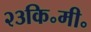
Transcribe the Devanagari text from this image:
२३कि॰मी॰